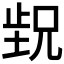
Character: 𬆁